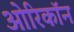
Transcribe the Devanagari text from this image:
ओरिकॉन